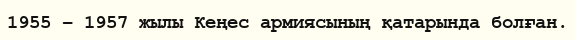
1955 – 1957 жылы Кеңес армиясының қатарында болған.